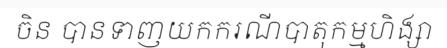
ចិន បានទាញយកករណីបាតុកម្មហិង្សា